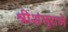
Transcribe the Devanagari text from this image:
श्रीशंभूराजे